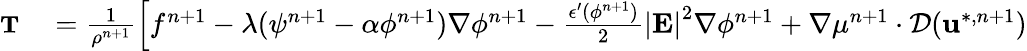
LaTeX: \begin{array}{rl}{\small\textbf{T}}&{{}=\frac{1}{\rho^{n+1}}\left[f^{n+1}-\lambda(\psi^{n+1}-\alpha\phi^{n+1})\nabla\phi^{n+1}-\frac{\epsilon^{\prime}(\phi^{n+1})}{2}\left|\textbf{E}\right|^{2}\nabla\phi^{n+1}+\nabla\mu^{n+1}\cdot\mathcal{D}(\textbf{u}^{*,n+1})\right.}\end{array}